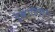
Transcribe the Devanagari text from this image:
मुख़ालिफ़त